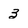
Character: 3